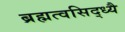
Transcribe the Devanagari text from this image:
ब्रह्मत्वसिद्ध्यै